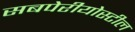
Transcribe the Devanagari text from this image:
सबपेरीयोस्टील